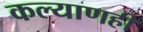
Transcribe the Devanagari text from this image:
कल्याणही